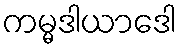
ကမ္မဒါယာဒေါ